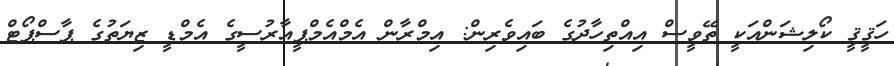
ހަޤީޤީ ކޯލިޝަންއަކީ ތޭވީސް އިއްތިހާދުގެ ބައިވެރިން: އިމްރާން އެމްއެމްޕީއާރުސީގެ އެމްޑީ ޒިޔަތުގެ ޕާސްޕޯޓް